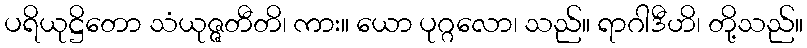
ပရိယုဋ္ဌိတော သံယုဇ္ဇတီတိ၊ ကား။ ယော ပုဂ္ဂလော၊ သည်။ ရာဂါဒီဟိ၊ တို့သည်။